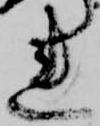
れ